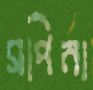
সপিনা